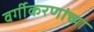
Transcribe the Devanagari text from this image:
वर्गीकरणांच्या